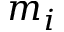
m _ { i }